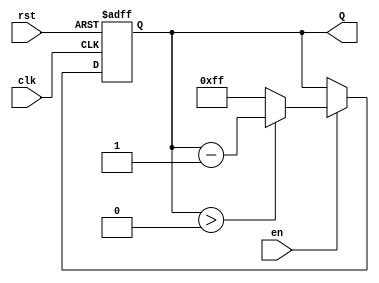
module binary_down_counter #(
    parameter N = 8  // Parameter for the number of bits in the counter
)(
    input wire clk,     // Clock signal
    input wire rst,     // Asynchronous reset
    input wire en,      // Enable signal
    output reg [N-1:0] Q  // n-bit output count
);

    // Maximum count value (for an N-bit counter)
    localparam MAX_COUNT = (1 << N) - 1;

    // Always block for counter logic
    always @(posedge clk or posedge rst) begin
        if (rst) begin
            // Reset the counter to the maximum value
            Q <= MAX_COUNT;
        end else if (en) begin
            // Decrement the counter if enabled
            if (Q > 0) begin
                Q <= Q - 1;
            end else begin
                // Wrap around to the maximum count
                Q <= MAX_COUNT;
            end
        end
    end

endmodule